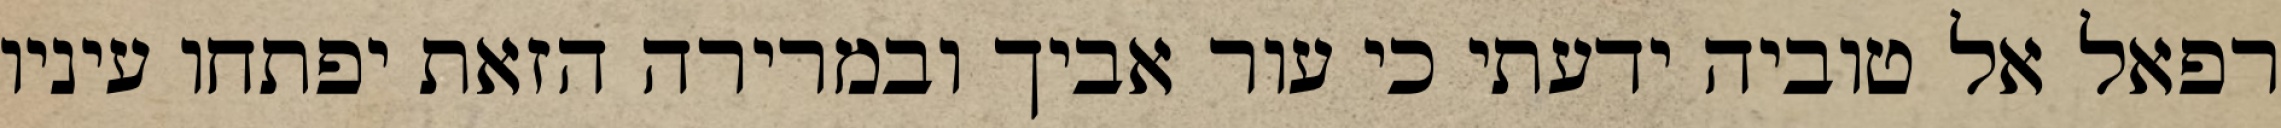
רפאל אל טוביה ידעתי כי עור אביך ובמרירה הזאת יפתחו עיניו